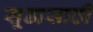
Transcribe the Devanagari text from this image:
सूडासाठी